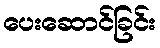
ပေးဆောင်ခြင်း